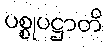
ပစ္စုပဋ္ဌာတိ